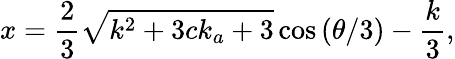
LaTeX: x=\frac{2}{3}\sqrt{k^{2}+3ck_{a}+3}\cos{\left(\theta/3\right)}-\frac{k}{3},